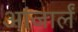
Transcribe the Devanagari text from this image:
आंजार्लं